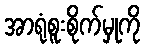
အာရုံစူးစိုက်မှုကို